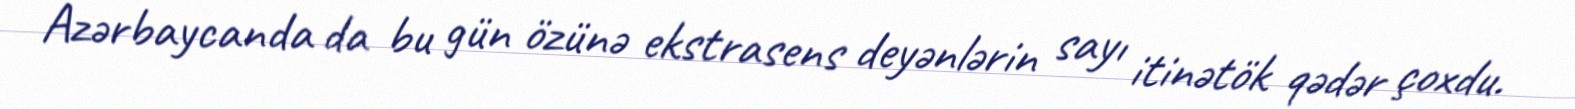
Azərbaycanda da bu gün özünə ekstrasens deyənlərin sayı itinətök qədər çoxdu.